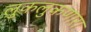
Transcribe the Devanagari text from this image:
लुकलुकणारा